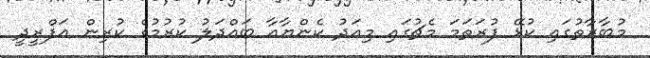
މުބާރާތުގައި ކުޅޭ ފުރަތަމަ މެޗުގައި މިއަދު ކެންޔާއާ ބައްދަލު ކުރުމުގެ ކުރިން އަފްރީދީ